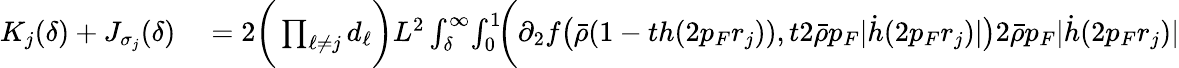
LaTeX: \begin{array}{rl}{K_{j}(\delta)+J_{\sigma_{j}}(\delta)}&{{}=2\biggr(\prod_{\ell\neq j}d_{\ell}\biggr)L^{2}\int_{\delta}^{\infty}\! \int_{0}^{1}\! \biggr(\partial_{2}f\bigr(\bar{\rho}(1-th(2p_{F}r_{j})),t2\bar{\rho}p_{F}|\dot{h}(2p_{F}r_{j})|\bigr)2\bar{\rho}p_{F}|\dot{h}(2p_{F}r_{j})|}\end{array}